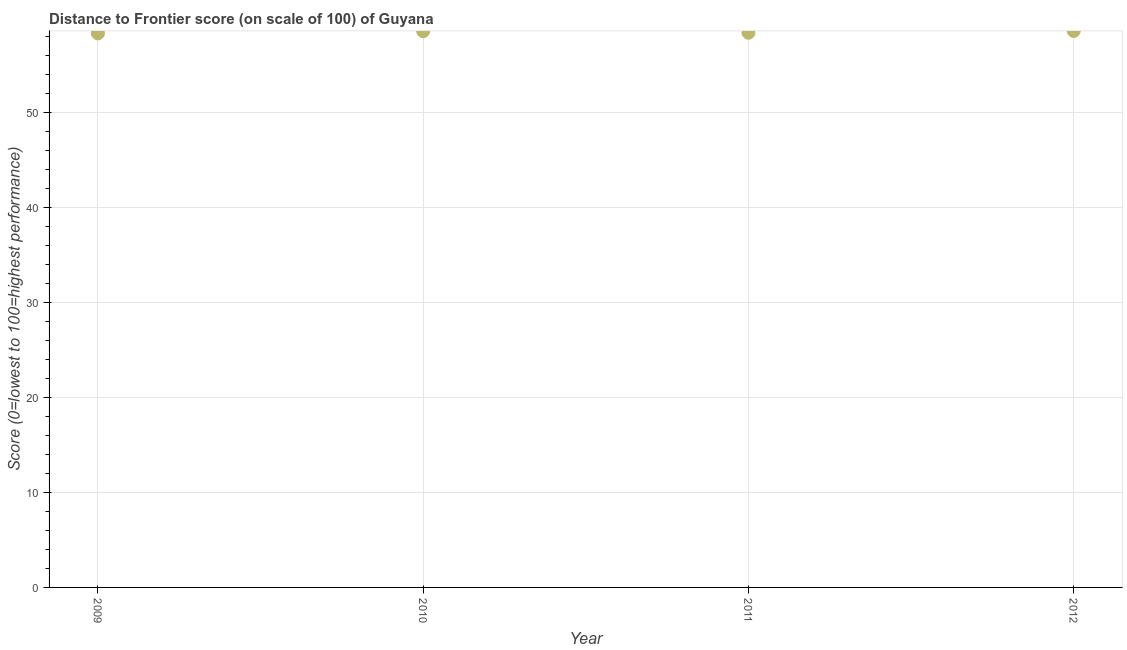
| Year | Distance to frontier score |
 | --- | --- |
 | 2009 | 58.4 |
 | 2010 | 58.6 |
 | 2011 | 58.4 |
 | 2012 | 58.6 |